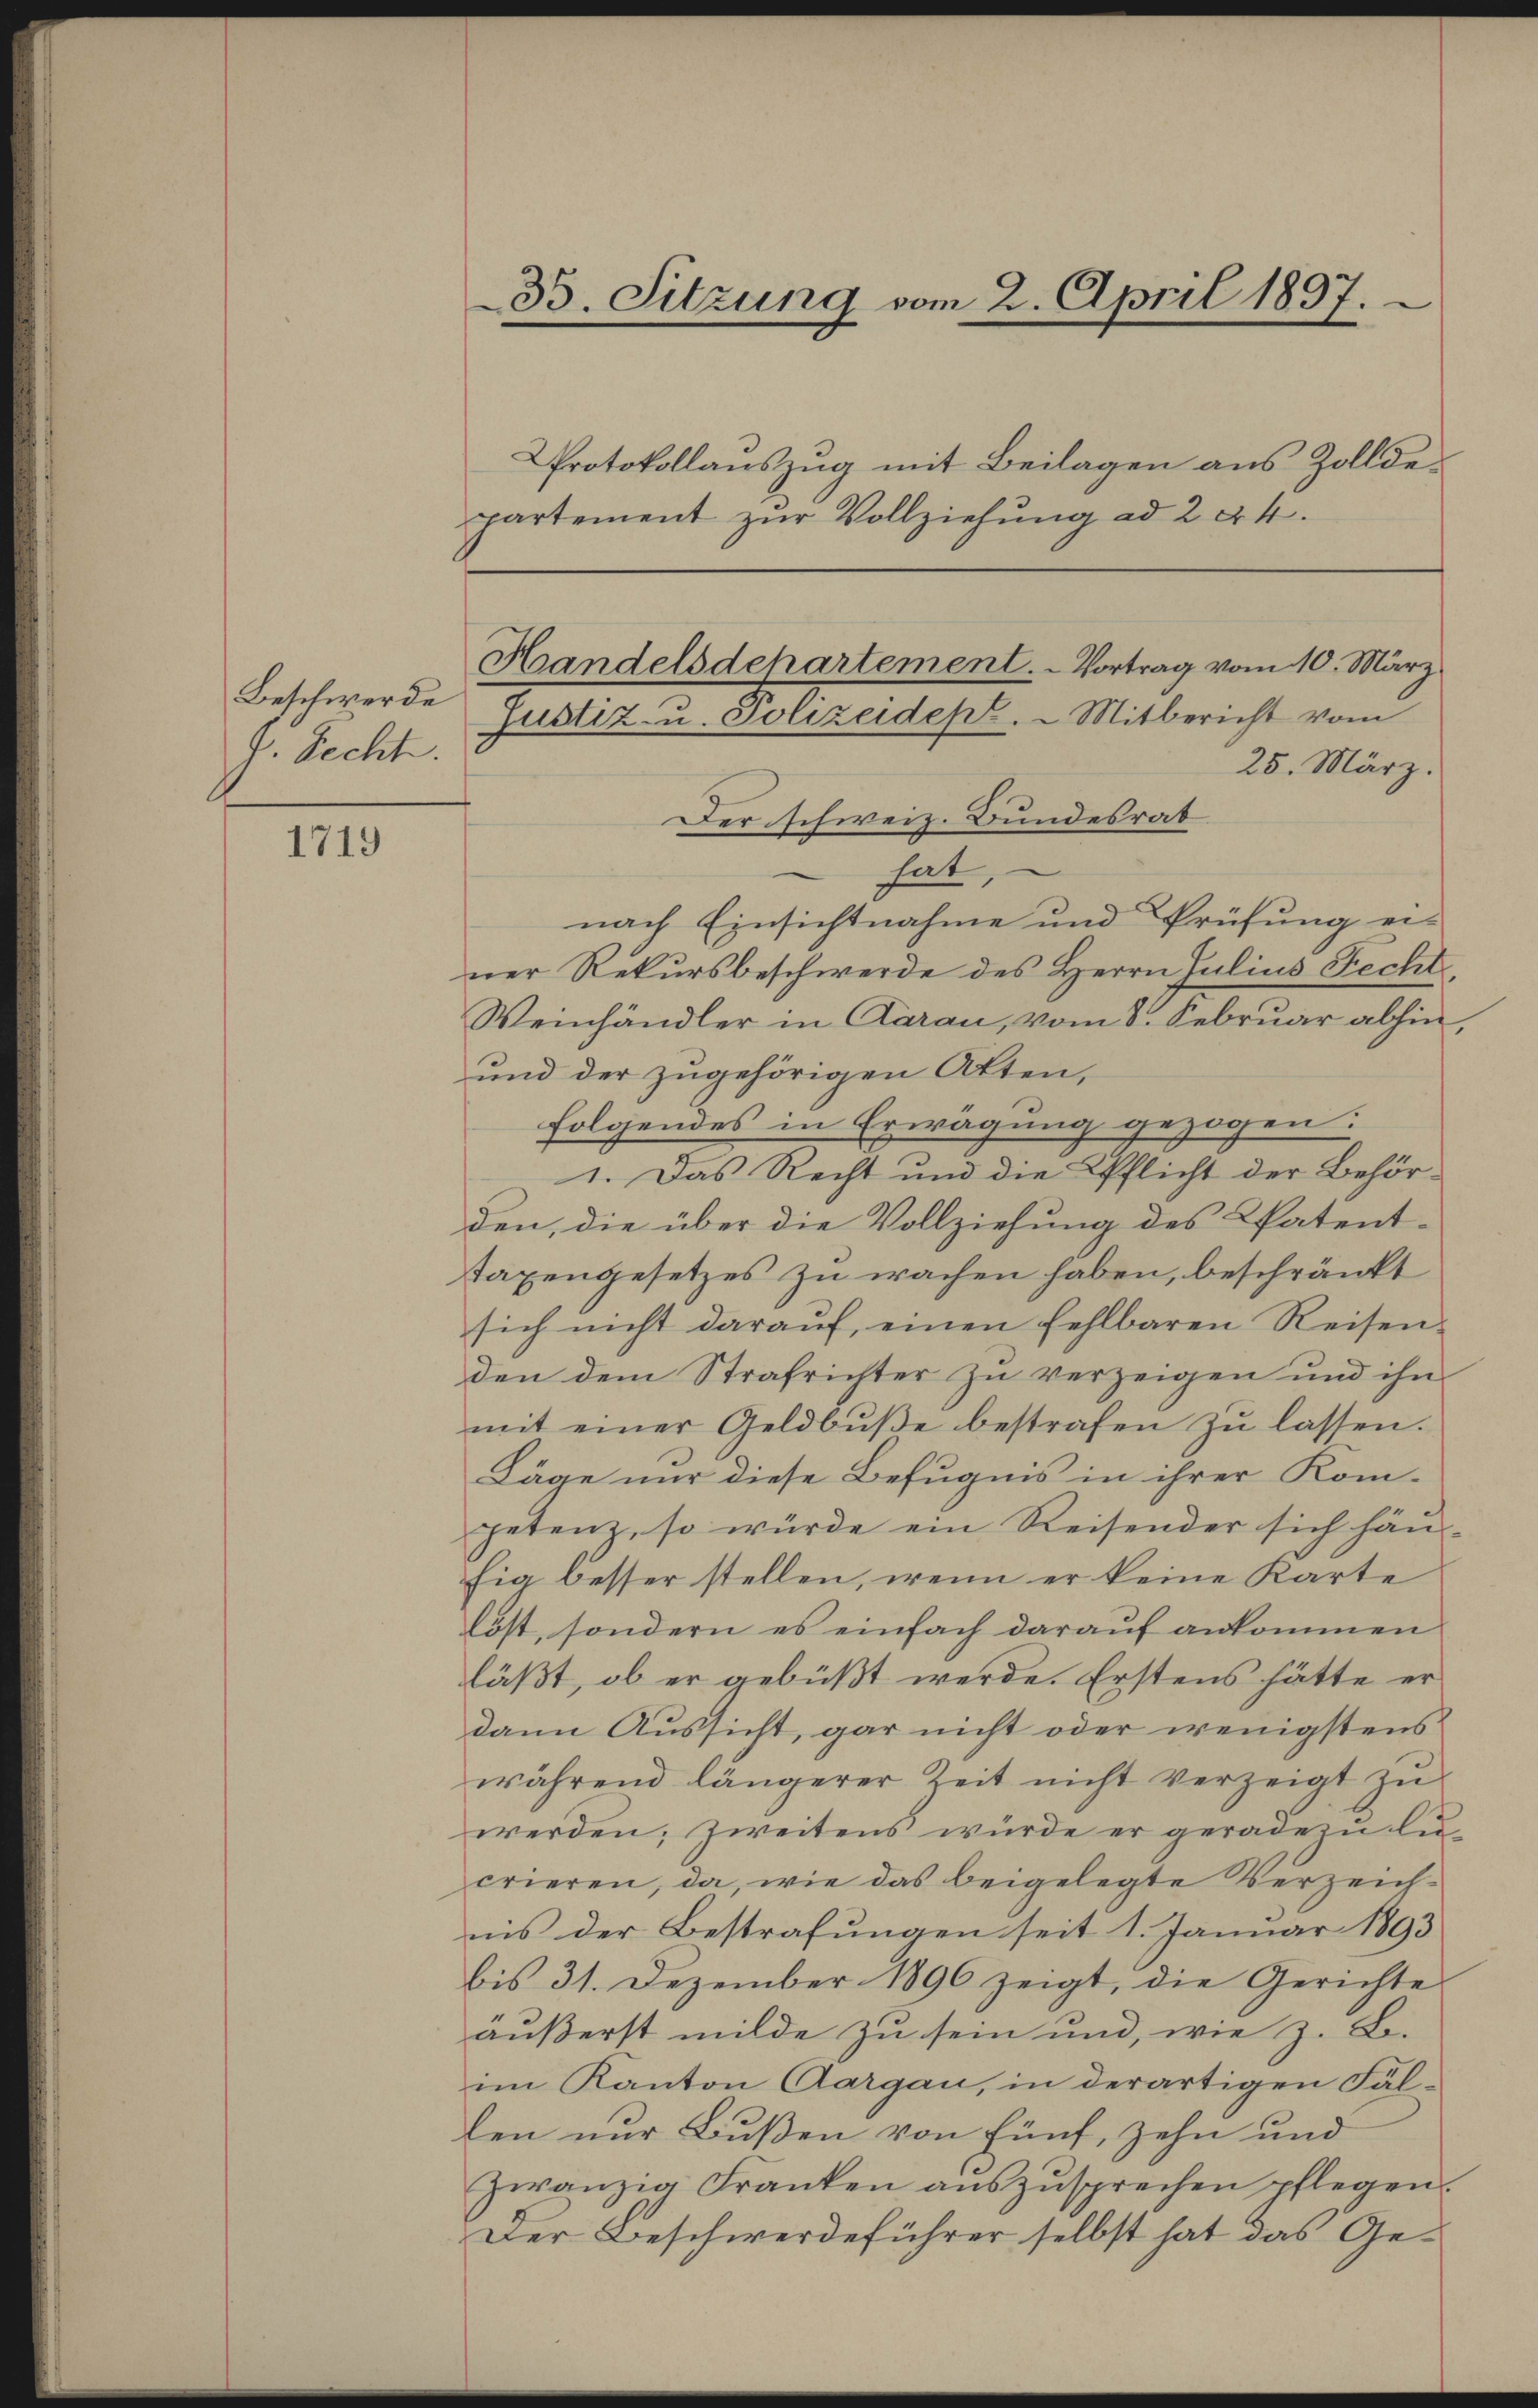
Beschwerde
J. Recht.

1719

35. Sitzung vom 2. April 1897.
partement zur Vollziehung ad 204.
Handelsdchartement. - Vortrag vom 10. März
Justiz- u. Polizeidest. - Mitbericht vom
25. März.

Protokollauszug mit Beilagen aus Zollde¬

Der schweiz. Bundesrat
hat,
nach Einsichtnahme und Prüfung ei-
ner Rekursbeschwerde des Herrn Julius Fecht
Weinhändler in Aarau, vom 8. Februar abhin
und der zugehörigen Akten,
folgendes in Erwägung gezogen:
1. Das Recht und die Pflicht der Behörden, die über die Vollziehung des Patent-
taxengesetzes zu wachen haben, beschränkt
sich nicht daraŭf, einen fehlbaren Reisen-
den dem Strafrichter zu verzeigen und ihn
mit einer Geldbŭβe bestrafen zŭ lassen.
Läge nur diese Befugnis in ihrer Kom-
petenz, so würde ein Reisender sich hän-
hia besser stellen, wenn er keine Karte
löst, sondern es einfach darauf ankommen
läßt, ob er gebüßt werde. Erstens hätte er
dann Aussicht, gar nicht oder wenigstens
während längerer Zeit nicht verzeigt zŭ
werden. Zweitens wurde er geradezu Lucrieren, da, wie das beigelegte Verzeichnis der Bestrafungen seit 1. Januar 1893
bis 31. Dezember 1890 zeigt, die Gerichte
äußerst milde zu sein und, wie z. B.
im Kanton Aargau, in derartigen Fällen nur Bußen von Fünf, zehn und
zwanzig Franken auszusprechen pflegen.
Der Beschwerdeführer selbst hat das Ge¬